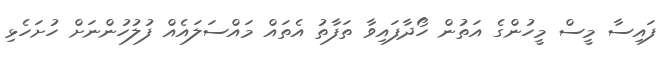
ފައިސާ މީސް މީހުންގެ އަތުން ހޯދާފައިވާ ތަފާތު އެތައް މައްސަލައެއް ފުލުހުންނަށް ހުށަހެޅި